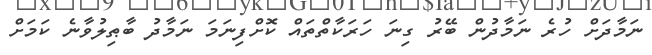
ނަމާދަށް ހުރެ ނަމާދުން ބޭރު ގިނަ ހަރަކާތްތައް ކޮށްފިނަމަ ނަމާދު ބާޠިލުވާނެ ކަމަށް